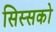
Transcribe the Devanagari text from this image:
सिस्सको